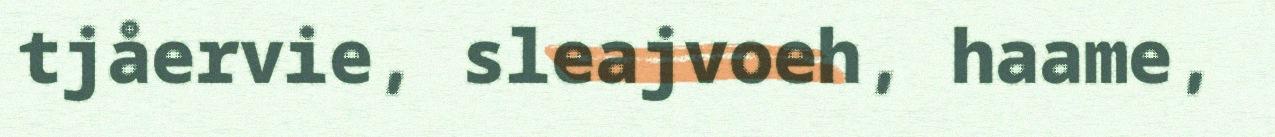
tjåervie, sleajvoeh, haame,